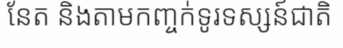
នែត និងតាមកញ្ចក់ទូរទស្សន៍ជាតិ